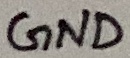
Text: GND